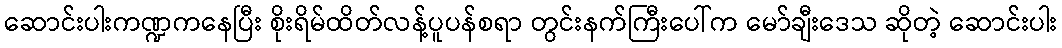
ဆောင်းပါးကဏ္ဍကနေပြီး စိုးရိမ်ထိတ်လန့်ပူပန်စရာ တွင်းနက်ကြီးပေါ်က မော်ချီးဒေသ ဆိုတဲ့ ဆောင်းပါး